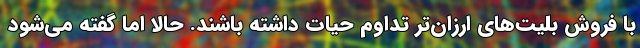
با فروش بلیت‌های ارزان‌تر تداوم حیات داشته باشند. حالا اما گفته می‌شود